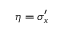
\eta = \sigma _ { x } ^ { \prime }